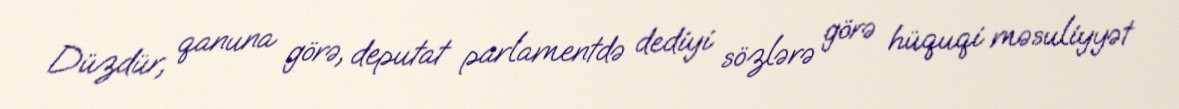
Düzdür, qanuna görə, deputat parlamentdə dediyi sözlərə görə hüquqi məsuliyyət